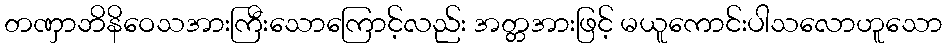
တဏှာဘိနိဝေသအားကြီးသောကြောင့်လည်း အတ္တအားဖြင့် မယူကောင်းပါသလောဟူသော